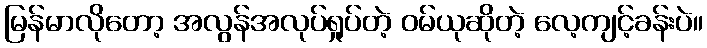
မြန်မာလိုတော့ အလွန်အလုပ်ရှုပ်တဲ့ ဝမ်ယုဆိုတဲ့ လေ့ကျင့်ခန်းပဲ။